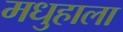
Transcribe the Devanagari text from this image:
मधुहाला